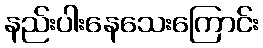
နည်းပါးနေသေးကြောင်း